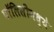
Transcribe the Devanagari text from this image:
पॉलिसीमध्ये